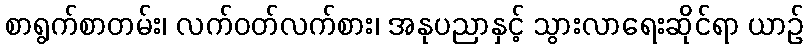
စာရွက်စာတမ်း၊ လက်ဝတ်လက်စား၊ အနုပညာနှင့် သွားလာရေးဆိုင်ရာ ယာဉ်